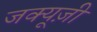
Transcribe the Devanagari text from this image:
जक्यूज़ी